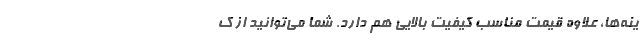
ینه‌ها، علاوه قیمت مناسب کیفیت بالایی هم دارد. شما می‌توانید از ک